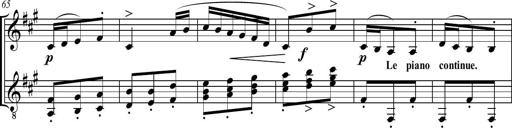
Title: Sonatine bureaucratique
Composer: Erik Satie